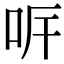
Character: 𠰑